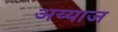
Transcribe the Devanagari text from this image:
अय्याज